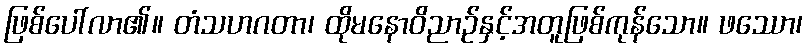
ဖြစ်ပေါ်လာ၏။ တံသဟဂတာ၊ ထိုမနောဝိညာဉ်နှင့်အတူဖြစ်ကုန်သော။ ဖဿော၊